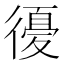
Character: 𢕶